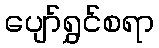
ပျော်ရွှင်စရာ